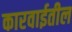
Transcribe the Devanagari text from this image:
कारवाईतील